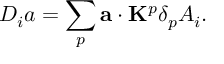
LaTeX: D _ { i } a = \sum _ { p } { \bf a } \cdot { \bf K } ^ { p } \delta _ { p } A _ { i } .